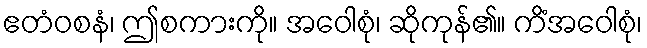
ဧတံဝစနံ၊ ဤစကားကို။ အဝေါစုံ၊ ဆိုကုန်၏။ ကိံအဝေါစုံ၊